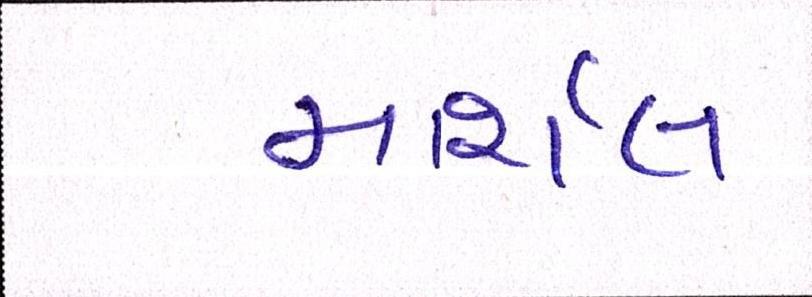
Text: માર્શલ